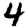
Digit: 4